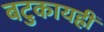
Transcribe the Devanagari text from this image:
बटुकायह्रीं